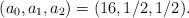
LaTeX: \begin{align*}(a_0,a_1,a_2) = (16,1/2,1/2).\end{align*}